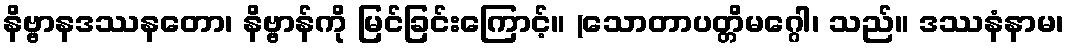
နိဗ္ဗာနဒဿနတော၊ နိဗ္ဗာန်ကို မြင်ခြင်းကြောင့်။ (သောတာပတ္တိမဂ္ဂေါ၊ သည်။ ဒဿနံနာမ၊